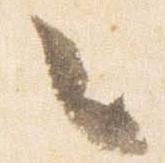
々